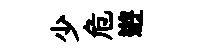
少危逰